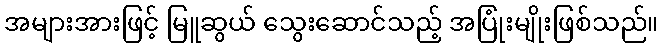
အများအားဖြင့် မြူဆွယ် သွေးဆောင်သည့် အပြုံးမျိုးဖြစ်သည်။